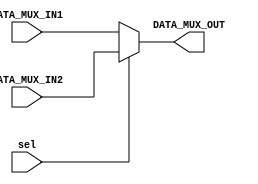
module DATA_MUX(DATA_MUX_IN1, DATA_MUX_IN2, sel, DATA_MUX_OUT);
input [71:0] DATA_MUX_IN1,DATA_MUX_IN2;
input sel;
output [71:0] DATA_MUX_OUT;

assign DATA_MUX_OUT = sel ? DATA_MUX_IN2 : DATA_MUX_IN1;

endmodule